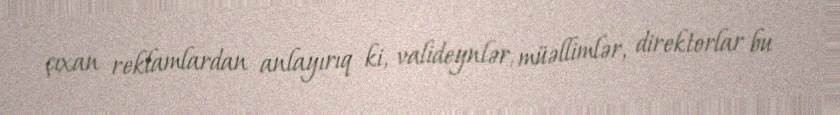
çıxan reklamlardan anlayırıq ki, valideynlər, müəllimlər, direktorlar bu